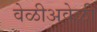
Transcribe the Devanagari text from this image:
वेळीअवेळी